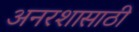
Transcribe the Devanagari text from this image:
अनरशासाठी